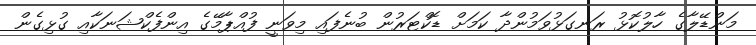
މަންޑޭލާގެ ހާލުކޮޅު ރަނގަޅުވަމުންދާ ކަމަށް ޑޮކްޓަރުން ބުނެފައި މިވަނީ ފުއްޕާމޭގެ އިންފެކްޝަނަކާއި ގުޅިގެން